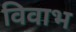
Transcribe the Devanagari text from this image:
विवाभ